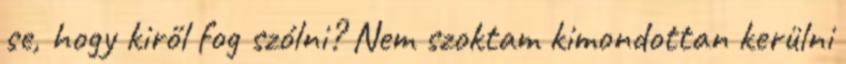
se, hogy kiről fog szólni? Nem szoktam kimondottan kerülni